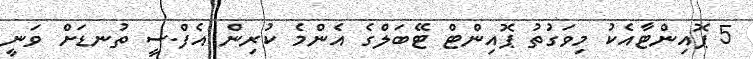
5 ޕޮއިންޓާއެކު މިވަގުތު ޕޮއިންޓް ޓޭބަލްގެ އެންމެ ކުރިން އެފް.ސީ ތުނޑަށް ވަނީ